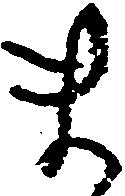
ま